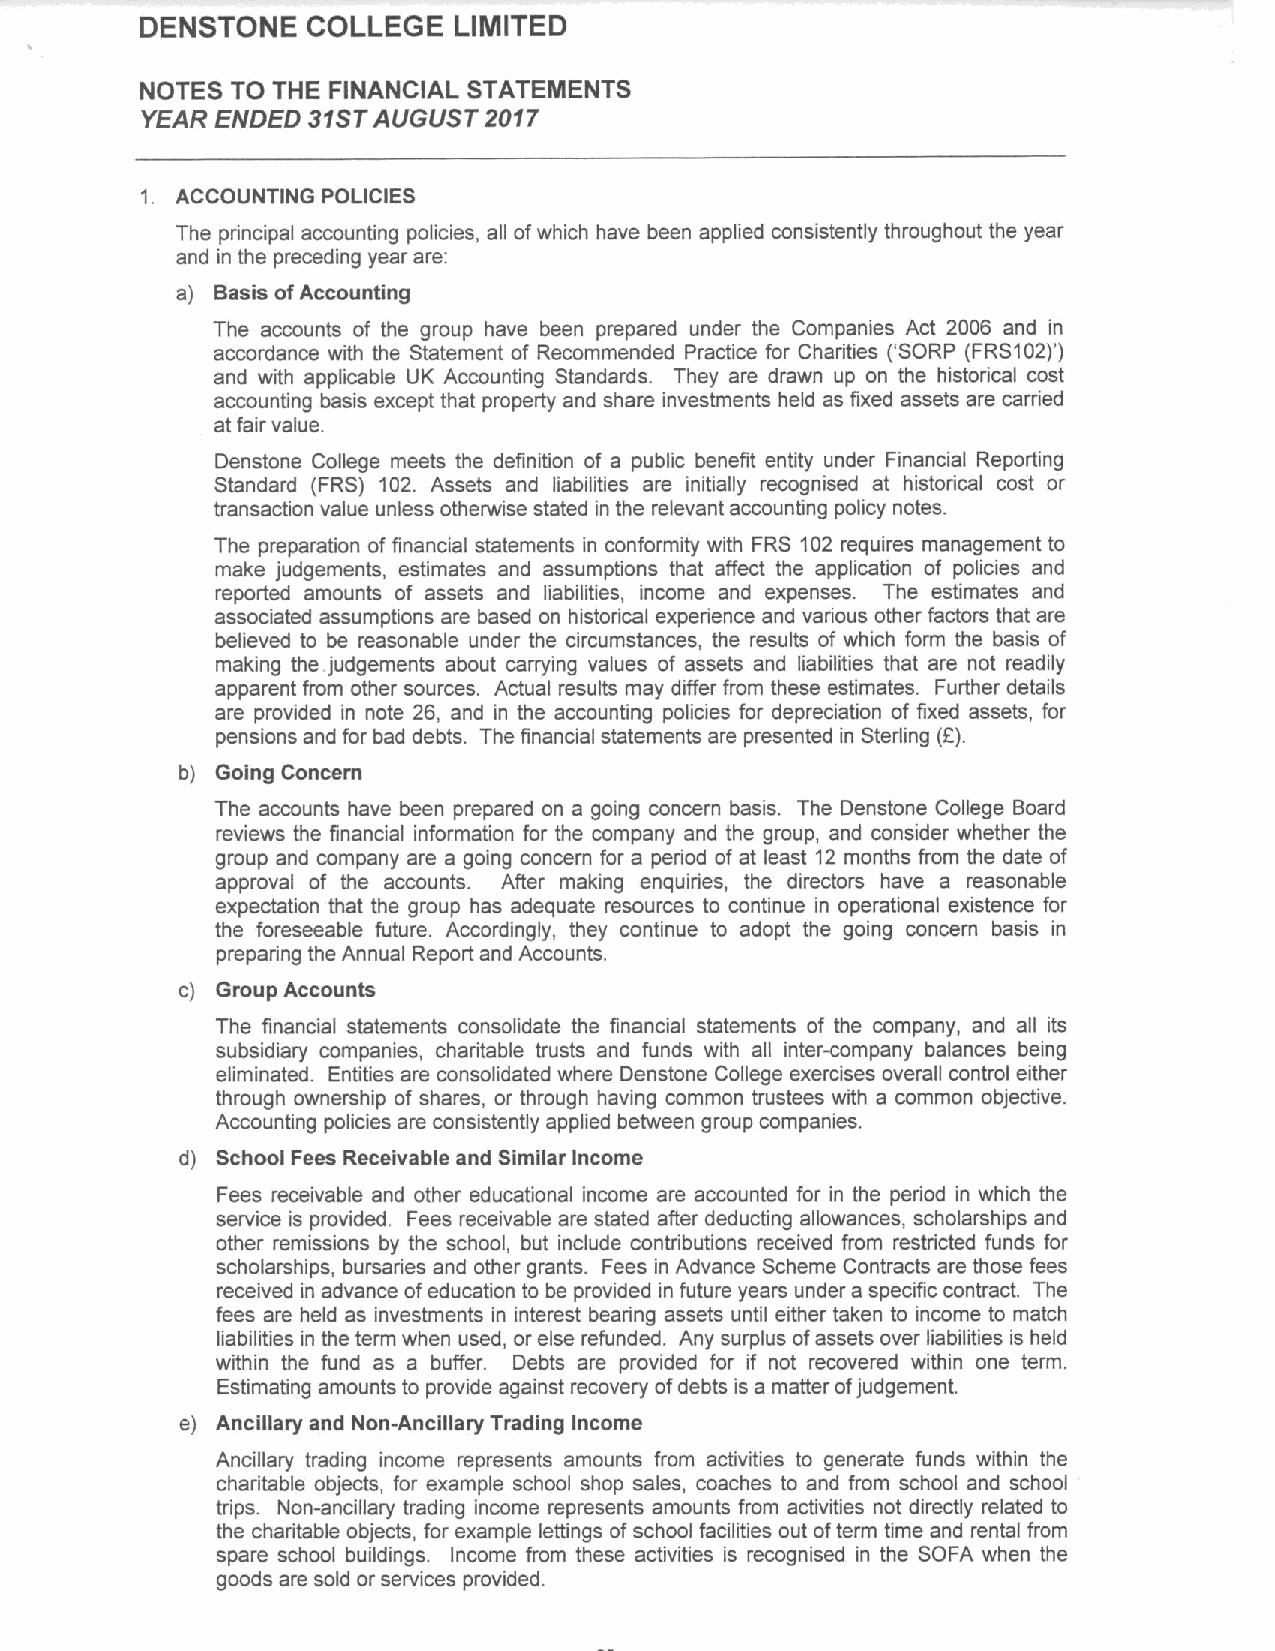
DENSTONE   COLLEGE   LIMITED
 NOTES TO THE FINANCIAL STATEMENTS
 YEAR ENDED 31STAUGUST  2017
 1. ACCOUNTING POLICIES
 The principal accounting policies, all ofwhich have been applied consistently throughout the year
 and in the preceding year are:
 a) Basis ofAccounting
 The accounts of the group have been prepared under the Companies Act 2006 and in
 accordance with the Statement of Recommended Practice for Charities ('SORP (FRS102)')
 and with applicable UK Accounting Standards. They are drawn up on the historical cost
 accounting basis except that property and share investments held as fixed assets are carried
 at fair value.
 Denstone College meets the definition of a public benefit entity under Financial Reporting
 Standard (FRS) 102. Assets and liabilities are initially recognised at historical cost or
 transaction value unless otherwise stated in the relevant accounting policy notes.
 The preparation of financial statements in conformity with FRS 102 requires management to
 make judgements, estimates and assumptions that affect the application of policies and
 reported amounts of assets and liabilities, income and expenses. The estimates and
 associated assumptions are based on historical experience and various other factors that are
 believed to be reasonable under the circumstances, the results of which form the basis of
 making the judgements about carrying values of assets and liabilities that are not readily
 apparent from other sources. Actual results may differ from these estimates. Further details
 are provided in note 26, and in the accounting policies for depreciation of fixed assets, for
 pensions and for bad debts. The financial statements are presented in Sterling (F).
 b) Going Concern
 The accounts have been prepared on a going concern basis. The Denstone College Board
 reviews the financial information for the company and the group, and consider whether the
 group and company are a going concern for a period of at least 12 months from the date of
 approval of the accounts. After making enquiries, the directors have a reasonable
 expectation that the group has adequate resources to continue in operational existence for
 the foreseeable future. Accordingly, they continue to adopt the going concern basis in
 preparing the Annual Report and Accounts.
 c) Group Accounts
 The financial statements consolidate the financial statements of the company, and all its
 subsidiary companies, charitable trusts and funds with all inter-company balances being
 eliminated. Entities are consolidated where Denstone College exercises overall control either
 through ownership of shares, or through having common trustees with a common objective.
 Accounting policies are consistently applied between group companies.
 d) School Fees Receivable and Similar Income
 Fees receivable and other educational income are accounted for in the period in which the
 service is provided. Fees receivable are stated after deducting allowances, scholarships and
 other remissions by the school, but include contributions received from restricted funds for
 scholarships, bursaries and other grants. Fees in Advance Scheme Contracts are those fees
 received in advance ofeducation to be provided in future years under a specific contract. The
 fees are held as investments in interest bearing assets until either taken to income to match
 liabilities in the term when used, or else refunded. Any surplus ofassets over liabilities is held
 within the fund as a buffer. Debts are provided for if not recovered within one term.
 Estimating amounts to provide against recovery ofdebts is a matter ofjudgement.
 e) Ancillary and Non-Ancillary Trading Income
 Ancillary trading income represents amounts from activities to generate funds within the
 charitable objects, for example school shop sales, coaches to and from school and school
 trips. Non-ancillary trading income represents amounts from activities not directly related to
 the charitable objects, for example lettings ofschool facilities out ofterm time and rental from
 spare school buildings. Income from these activities is recognised in the SOFA when the
 goods are sold or services provided.